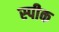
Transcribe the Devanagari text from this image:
स्‍पीक